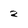
Character: 2